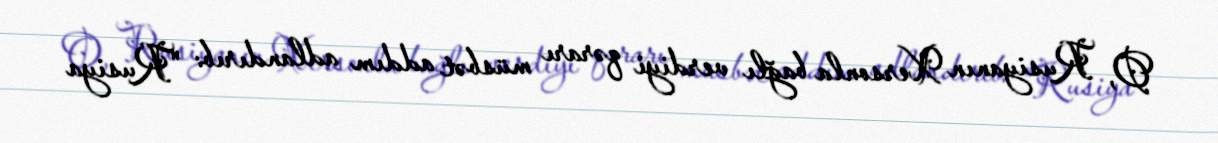
O, Rusiyanın Xersonla bağlı verdiyi qərarı müsbət addım adlandırıb: "Rusiya